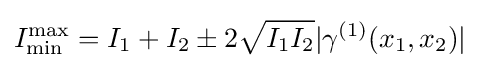
I_{\rm {min}}^{\rm {max}}=I_{1}+I_{2}\pm 2{\sqrt {I_{1}I_{2}}}|\gamma ^{(1)}(x_{1},x_{2})|